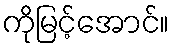
ကိုမြင့်အောင်။